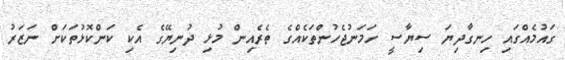
ގައުމެއްގައި ހިނގާދިޔަ ސިޔާސީ ހަމަނުޖެހުންތަކެއްގެ ތެރެއިން މުޅި ދުނިޔޭގެ އެކި ކަންކޮޅުތަކަށް ނަޒަރު